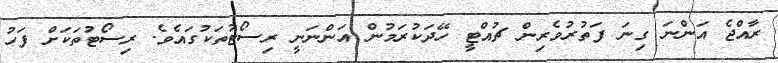
ރާއްޖެ އަންނަ ގިނަ ފަތުރުވެރިން ޗުއްޓީ ހޭދަކުރަމުން އަންނަނީ ރިސޯޓުތަކުގައެވެ. ރިސޯޓުތަކަށް ފަހު